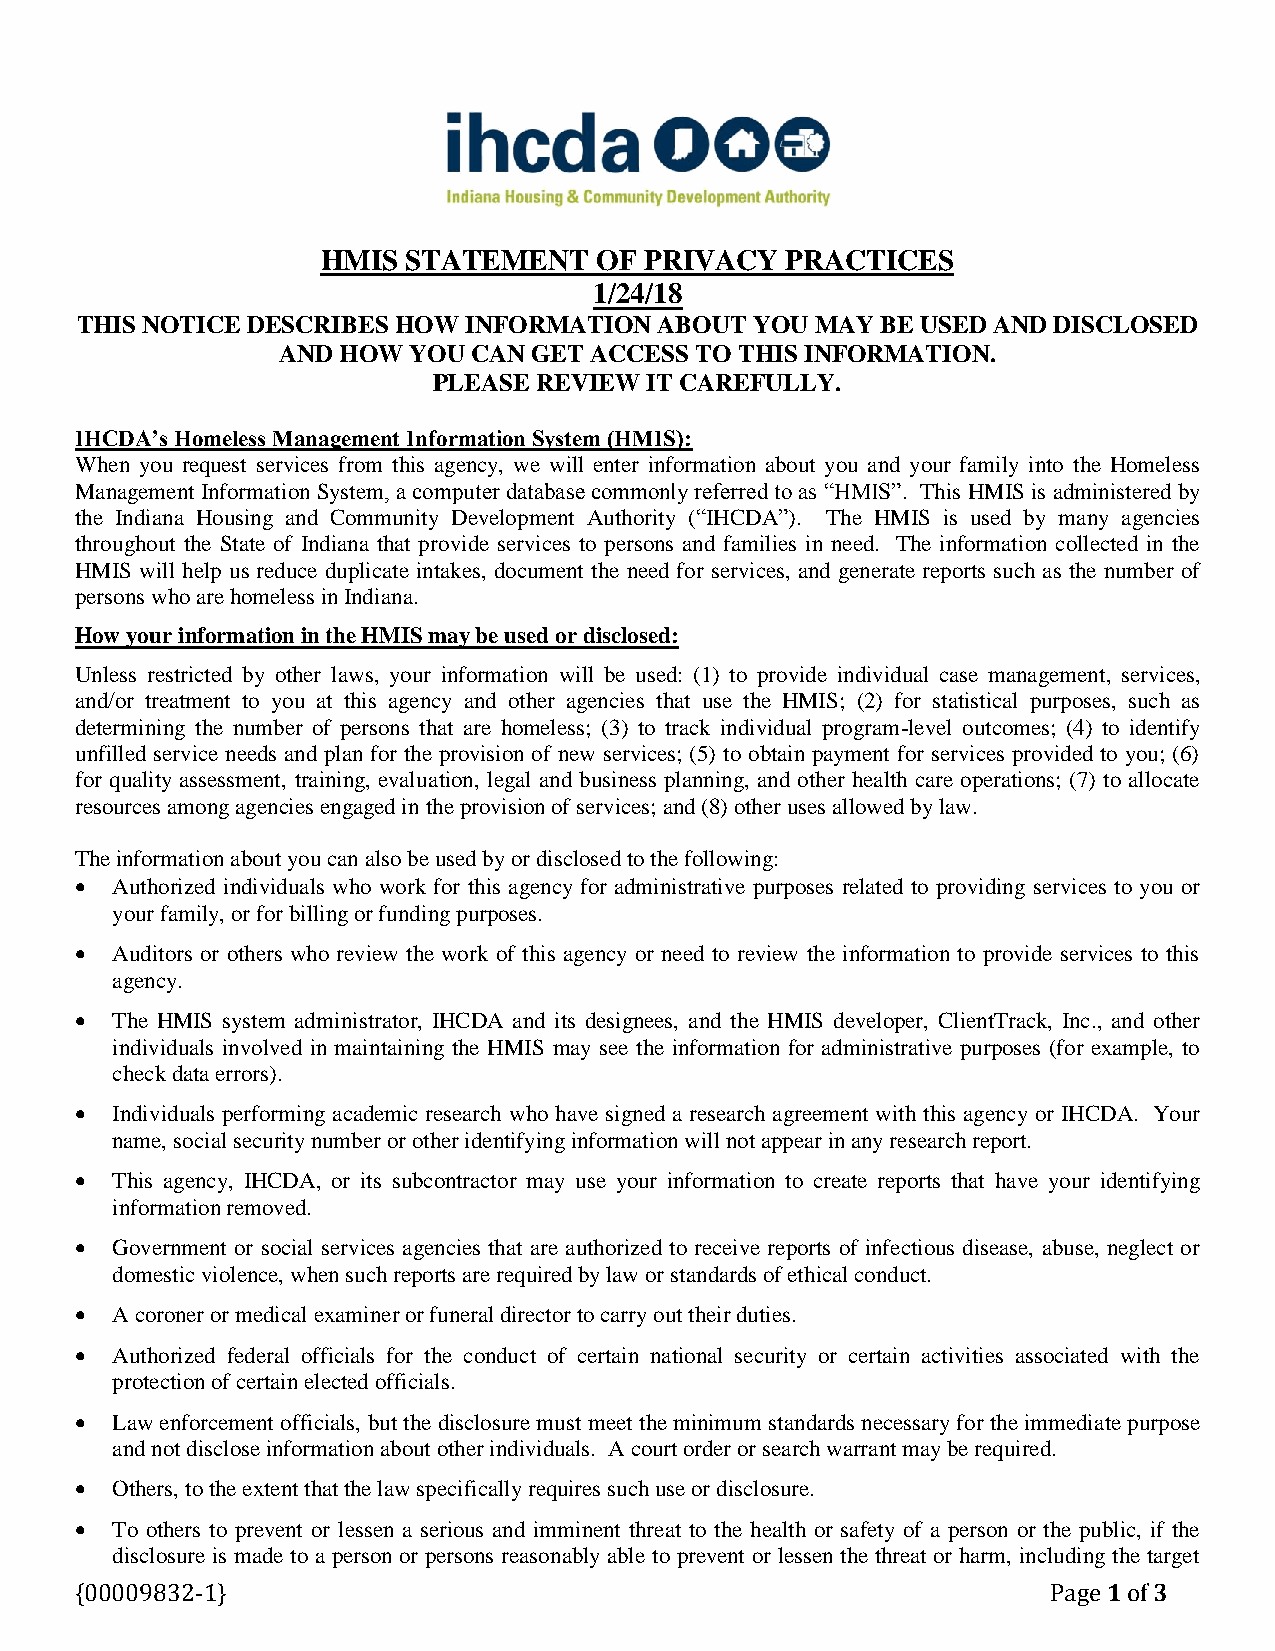
HMIS  STATEMENT   OF  PRIVACY  PRACTICES
 1/24/18
 THIS NOTICE DESCRIBES HOW INFORMATION  ABOUT YOU MAY BE USED AND DISCLOSED
 AND HOW  YOU CAN GET ACCESS TO THIS INFORMATION.
 PLEASE REVIEW IT CAREFULLY.
 IHCDA’s Homeless Management Information System (HMIS):
 When you request services from this agency, we will enter information about you and your family into the Homeless
 Management Information System, a computer database commonly referred to as “HMIS”. This HMIS is administered by
 the Indiana Housing and Community Development Authority (“IHCDA”). The HMIS is used by many agencies
 throughout the State of Indiana that provide services to persons and families in need. The information collected in the
 HMIS will help us reduce duplicate intakes, document the need for services, and generate reports such as the number of
 persons who are homeless in Indiana.
 How your information in the HMIS may be used or disclosed:
 Unless restricted by other laws, your information will be used: (1) to provide individual case management, services,
 and/or treatment to you at this agency and other agencies that use the HMIS; (2) for statistical purposes, such as
 determining the number of persons that are homeless; (3) to track individual program-level outcomes; (4) to identify
 unfilled service needs and plan for the provision of new services; (5) to obtain payment for services provided to you; (6)
 for quality assessment, training, evaluation, legal and business planning, and other health care operations; (7) to allocate
 resources among agencies engaged in the provision of services; and (8) other uses allowed by law.
 The information about you can also be used by or disclosed to the following:
  Authorized individuals who work for this agency for administrative purposes related to providing services to you or
 your family, or for billing or funding purposes.
  Auditors or others who review the work of this agency or need to review the information to provide services to this
 agency.
  The HMIS system administrator, IHCDA and its designees, and the HMIS developer, ClientTrack, Inc., and other
 individuals involved in maintaining the HMIS may see the information for administrative purposes (for example, to
 check data errors).
  Individuals performing academic research who have signed a research agreement with this agency or IHCDA. Your
 name, social security number or other identifying information will not appear in any research report.
  This agency, IHCDA, or its subcontractor may use your information to create reports that have your identifying
 information removed.
  Government or social services agencies that are authorized to receive reports of infectious disease, abuse, neglect or
 domestic violence, when such reports are required by law or standards of ethical conduct.
  A coroner or medical examiner or funeral director to carry out their duties.
  Authorized federal officials for the conduct of certain national security or certain activities associated with the
 protection of certain elected officials.
  Law enforcement officials, but the disclosure must meet the minimum standards necessary for the immediate purpose
 and not disclose information about other individuals. A court order or search warrant may be required.
  Others, to the extent that the law specifically requires such use or disclosure.
  To others to prevent or lessen a serious and imminent threat to the health or safety of a person or the public, if the
 disclosure is made to a person or persons reasonably able to prevent or lessen the threat or harm, including the target
 {00009832-1}                                                     Page 1 of 3